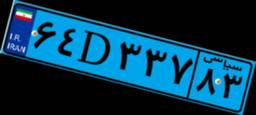
۶۴D۳۳۷۸۳